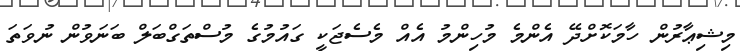
މިޝިޢާރުން ހާމަކޮށްދޭ އެންމެ މުހިންމު އެއް މެސެޖަކީ ގައުމުގެ މުސްތަގްބަލް ބަނަވުން ނުވަތަ